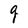
Character: g